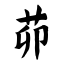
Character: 茆